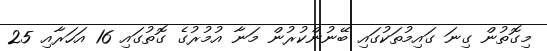
މިގޮތުން ގިނަ ގައިމުތަކުގައި ބޭނުންކުރުން މަނާ އުމުރުގެ ގޮތުގައި 16 އަހަރާއި 25